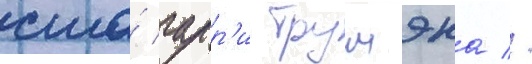
сша́ гарр'и трумэна //